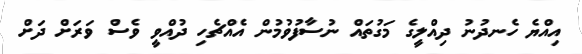
އިއްޔެ ހެނދުނު ދިއްލީގެ މަގުތައް ނުސާފުވުމުން އެއްޗެހި ދުއްވީ ވެސް ވަރަށް ދަށް